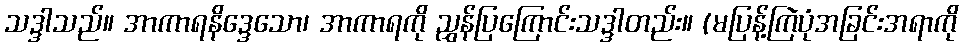
သဒ္ဒါသည်။ အာကာရနိဒ္ဒေသော၊ အာကာရကို ညွှန်ပြကြောင်းသဒ္ဒါတည်း။ (မပြန့်ကြဲပုံအခြင်းအရာကို